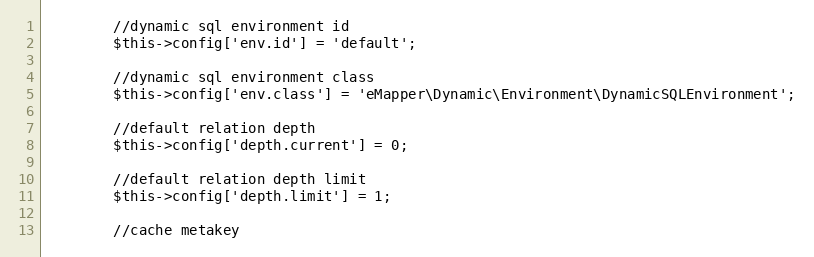
Language: PHP
		//dynamic sql environment id
		$this->config['env.id'] = 'default';

		//dynamic sql environment class
		$this->config['env.class'] = 'eMapper\Dynamic\Environment\DynamicSQLEnvironment';

		//default relation depth
		$this->config['depth.current'] = 0;

		//default relation depth limit
		$this->config['depth.limit'] = 1;

		//cache metakey